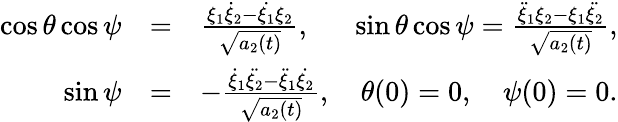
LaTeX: \begin{array}{rlr}{\cos{\theta}\cos{\psi}}&{=}&{\frac{\xi_{1}\dot{\xi}_{2}-\dot{\xi_{1}}\xi_{2}}{\sqrt{a_{2}(t)}},\quad\; \; \sin{\theta}\cos{\psi}=\frac{\ddot{\xi}_{1}\xi_{2}-\xi_{1}\ddot{\xi_{2}}}{\sqrt{a_{2}(t)}},}\\ {\sin{\psi}}&{=}&{-\frac{\dot{\xi}_{1}\ddot{\xi_{2}}-\ddot{\xi}_{1}\dot{\xi_{2}}}{\sqrt{a_{2}(t)}},\quad\theta(0)=0,\quad\psi(0)=0.}\end{array}